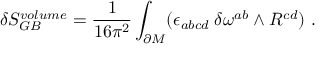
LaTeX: \delta S _ { G B } ^ { v o l u m e } = { \frac { 1 } { 1 6 \pi ^ { 2 } } } \int _ { \partial M } ( \epsilon _ { a b c d } \; \delta \omega ^ { a b } \wedge R ^ { c d } ) \ .